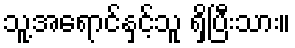
သူ့အရောင်နှင့်သူ ရှိပြီးသား။